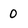
Character: O